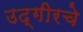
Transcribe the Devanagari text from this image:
उद्गीरचे